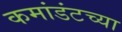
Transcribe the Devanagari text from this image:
कमांडंटच्या